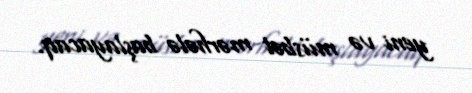
yeni və müsbət mərhələ başlayacaq.